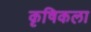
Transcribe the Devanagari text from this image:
कृषिकला